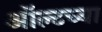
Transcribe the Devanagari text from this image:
ऑल्टच्या